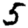
Digit: 5